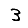
Digit: 3